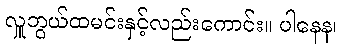
လှူဘွယ်ထမင်းနှင့်လည်းကောင်း။ ပါနေန၊